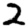
Digit: 2